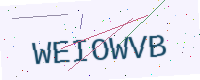
Text: WEIOWVB